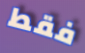
فقط